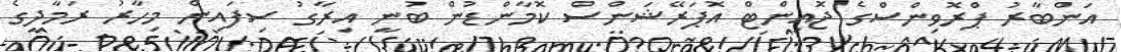
އަންބާރު ޕްރޮވިންސްގެ ޖޮއިންޓް އޮޕަރޭޝަންސް ކޮމާންޑުން ބުނީ އިރާގު ސިފައިން މިހާރު ރަމާދީގެ